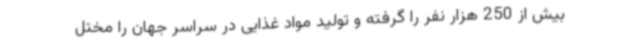
بیش از 250 هزار نفر را گرفته و تولید مواد غذایی در سراسر جهان را مختل